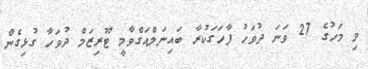
މި މަހުގެ 27 ވަނަ ދުވަހު ފާހަގަކުރާ ބައިނަލްއަގްވާމީ ޓޫރިޒަމް ދުވަހާ ގުޅިގެން